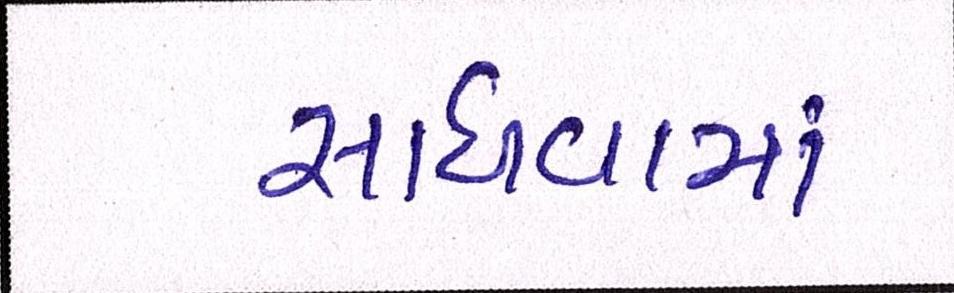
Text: સાધવામાં